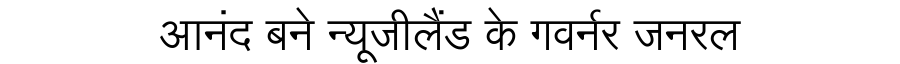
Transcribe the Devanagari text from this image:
आनंद बने न्यूजीलैंड के गवर्नर जनरल